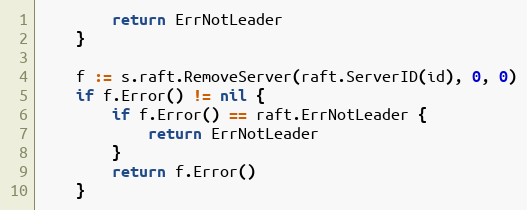
Language: Go
		return ErrNotLeader
	}

	f := s.raft.RemoveServer(raft.ServerID(id), 0, 0)
	if f.Error() != nil {
		if f.Error() == raft.ErrNotLeader {
			return ErrNotLeader
		}
		return f.Error()
	}